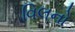
વિલનો